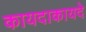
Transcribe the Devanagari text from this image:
कायदाकायदे